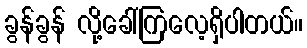
ခွန်ခွန် လို့ခေါ်ကြလေ့ရှိပါတယ်။